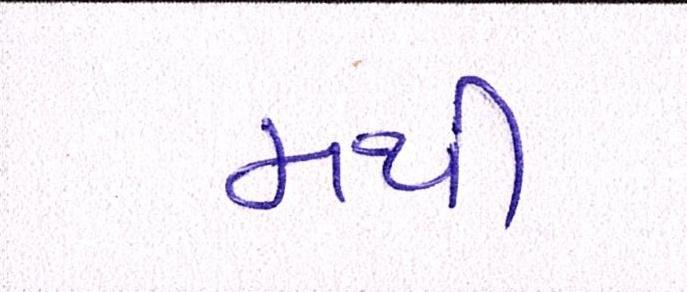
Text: મથી